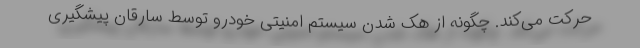
حرکت می‌کند. چگونه از هک شدن سیستم امنیتی خودرو توسط سارقان پیشگیری